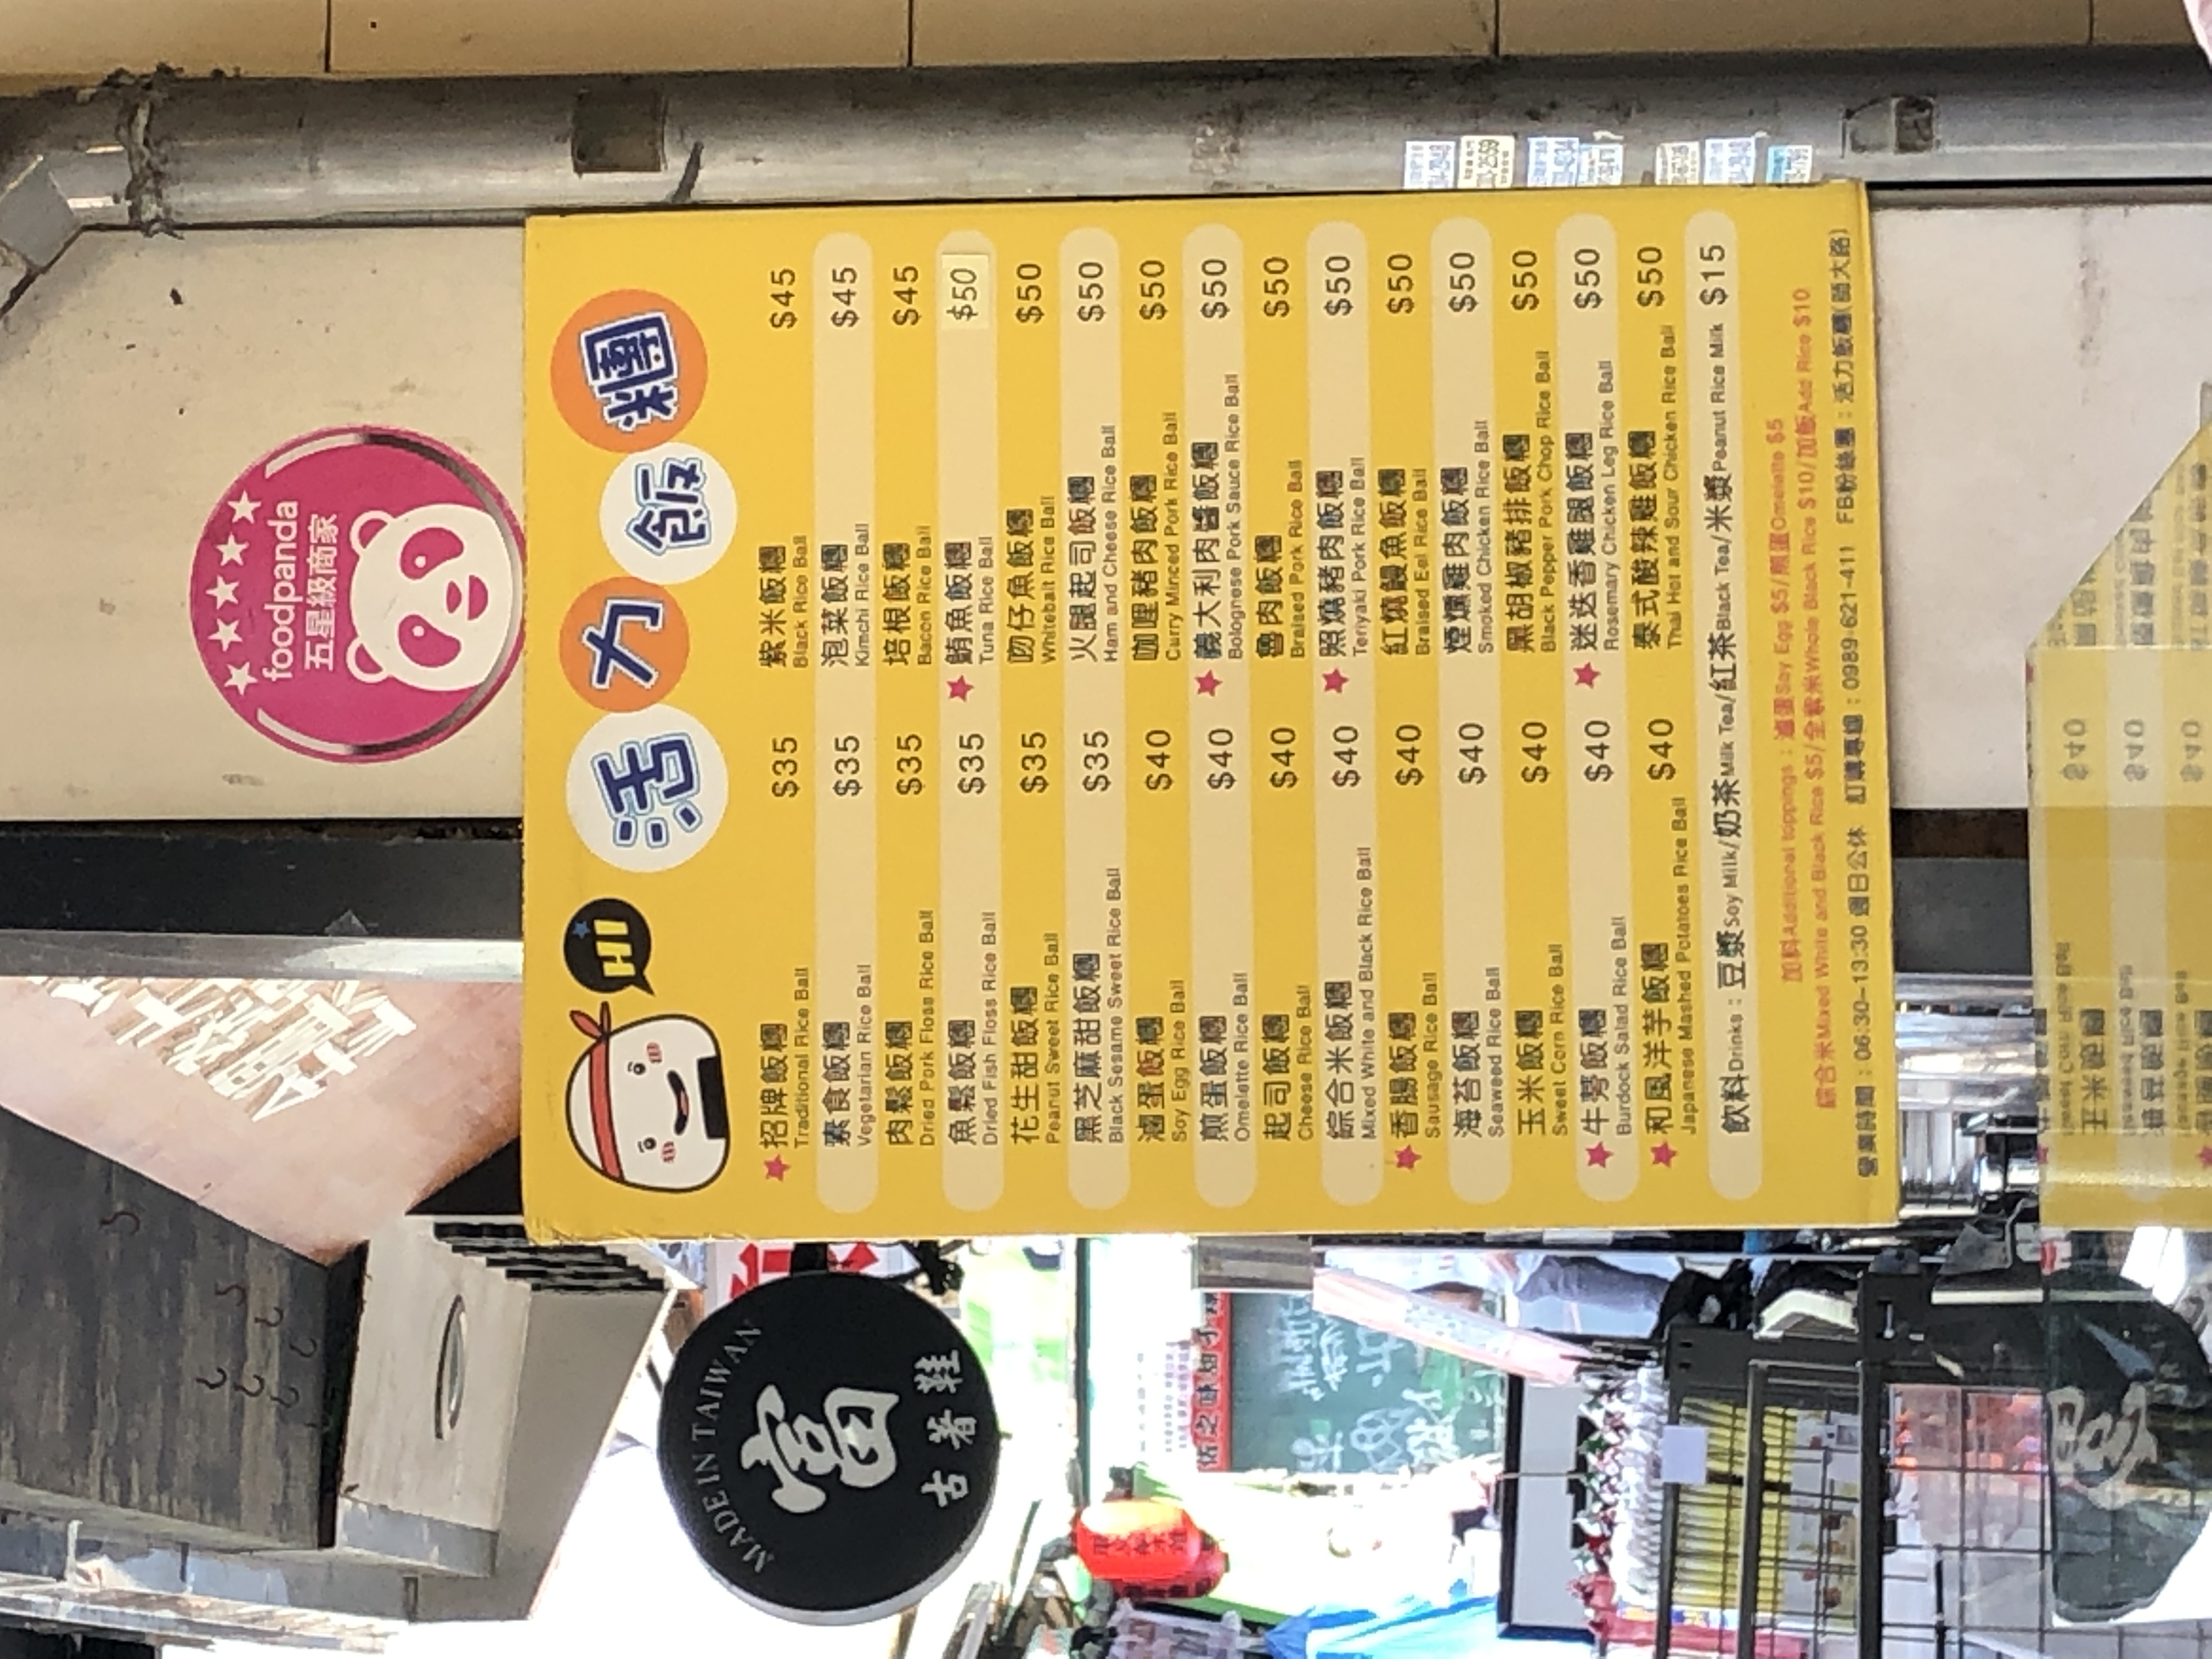
餐廳：活力飯糰
地址：臨沂街6號
電話：0989-621-411
營業時間：06:30-13:30, Closed on Sundays
菜單：
name: Traditional Rice Ball / 招牌飯糰
price: $45
name: Vegetarian Rice Ball / 素飯糰
price: $35
name: Pork Floss Rice Ball / 肉鬆飯糰
price: $35
name: Dried Fish Floss Rice Ball / 吻仔魚飯糰
price: $35
name: Peanut Sweet Rice Ball / 花生甜飯糰
price: $35
name: Black Sesame Sweet Rice Ball / 黑芝麻甜飯糰
price: $35
name: Braised Egg Rice Ball / 滷蛋飯糰
price: $40
name: Cheese Rice Ball / 起司飯糰
price: $40
name: Curry Minced Pork Rice Ball / 咖哩豬肉飯糰
price: $40
name: Braised Pork Rice Ball / 魯肉飯糰
price: $40
name: Teriyaki Eel Rice Ball / 紅燒鰻飯糰
price: $40
name: Smoked Duck Rice Ball / 煙燻鴨肉飯糰
price: $40
name: Black Pepper Pork Chop Rice Ball / 黑胡椒豬排飯糰
price: $40
name: Rosemary Chicken Leg Rice Ball / 迷迭香雞腿飯糰
price: $40
name: Thai Hot and Sour Chicken Rice Ball / 泰式酸辣雞飯糰
price: $40
name: Black Rice Ball / 紫米飯糰
price: $45
name: Kimchi Rice Ball / 泡菜飯糰
price: $45
name: Bacon Rice Ball / 培根飯糰
price: $45
name: Tuna Rice Ball / 鮪魚飯糰
price: $50
name: Ham and Cheese Rice Ball / 火腿起司飯糰
price: $50
name: Chicken Rice Ball / 雞肉飯糰
price: $50
name: Pork Chop Rice Ball / 豬排飯糰
price: $50
name: Chicken Leg Rice Ball / 雞腿飯糰
price: $50
name: Corn Rice Ball / 玉米飯糰
price: $50
name: Burdock Rice Ball / 牛蒡飯糰
price: $50
name: Japanese Mashed Potatoes Rice Ball / 日式馬鈴薯飯糰
price: $50
name: Soy Milk / 豆漿
price: $15
name: Milk Tea / 奶茶
price: $15
name: Black Tea / 紅茶
price: $15
name: Peanut Rice Milk / 米漿
price: $15
name: Braised Egg (Additional Topping) / 滷蛋
price: $5
name: Whole Grain Rice (Additional Topping) / 全穀米
price: $10
name: Add Rice (Additional Topping) / 加飯
price: $10
name: Mixed Rice (Additional Topping) / 綜合米
price: $5